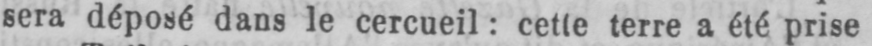
sera déposé dans le cercueil: cette terre a été prise